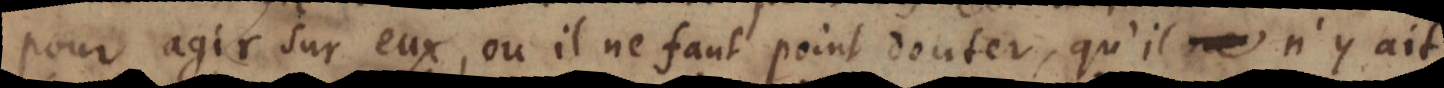
pour agir sur eux, où il ne faut point douter, qu’il ne se